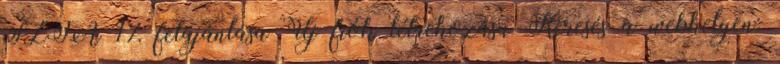
SZJA 1% felajánlása Új fiók létrehozása Keresés a webhelyen: